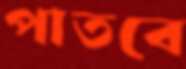
পাতবে